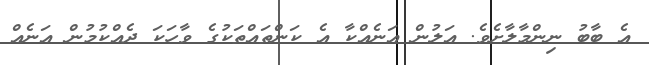
އެ ބާބު ނިންމާލާށެވެ. އަލުން އަނެއްކާ އެ ކަންތައްތަކުގެ ވާހަކަ ދެއްކުމުން އަނެއް